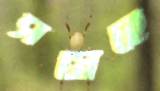
সস্নেহে